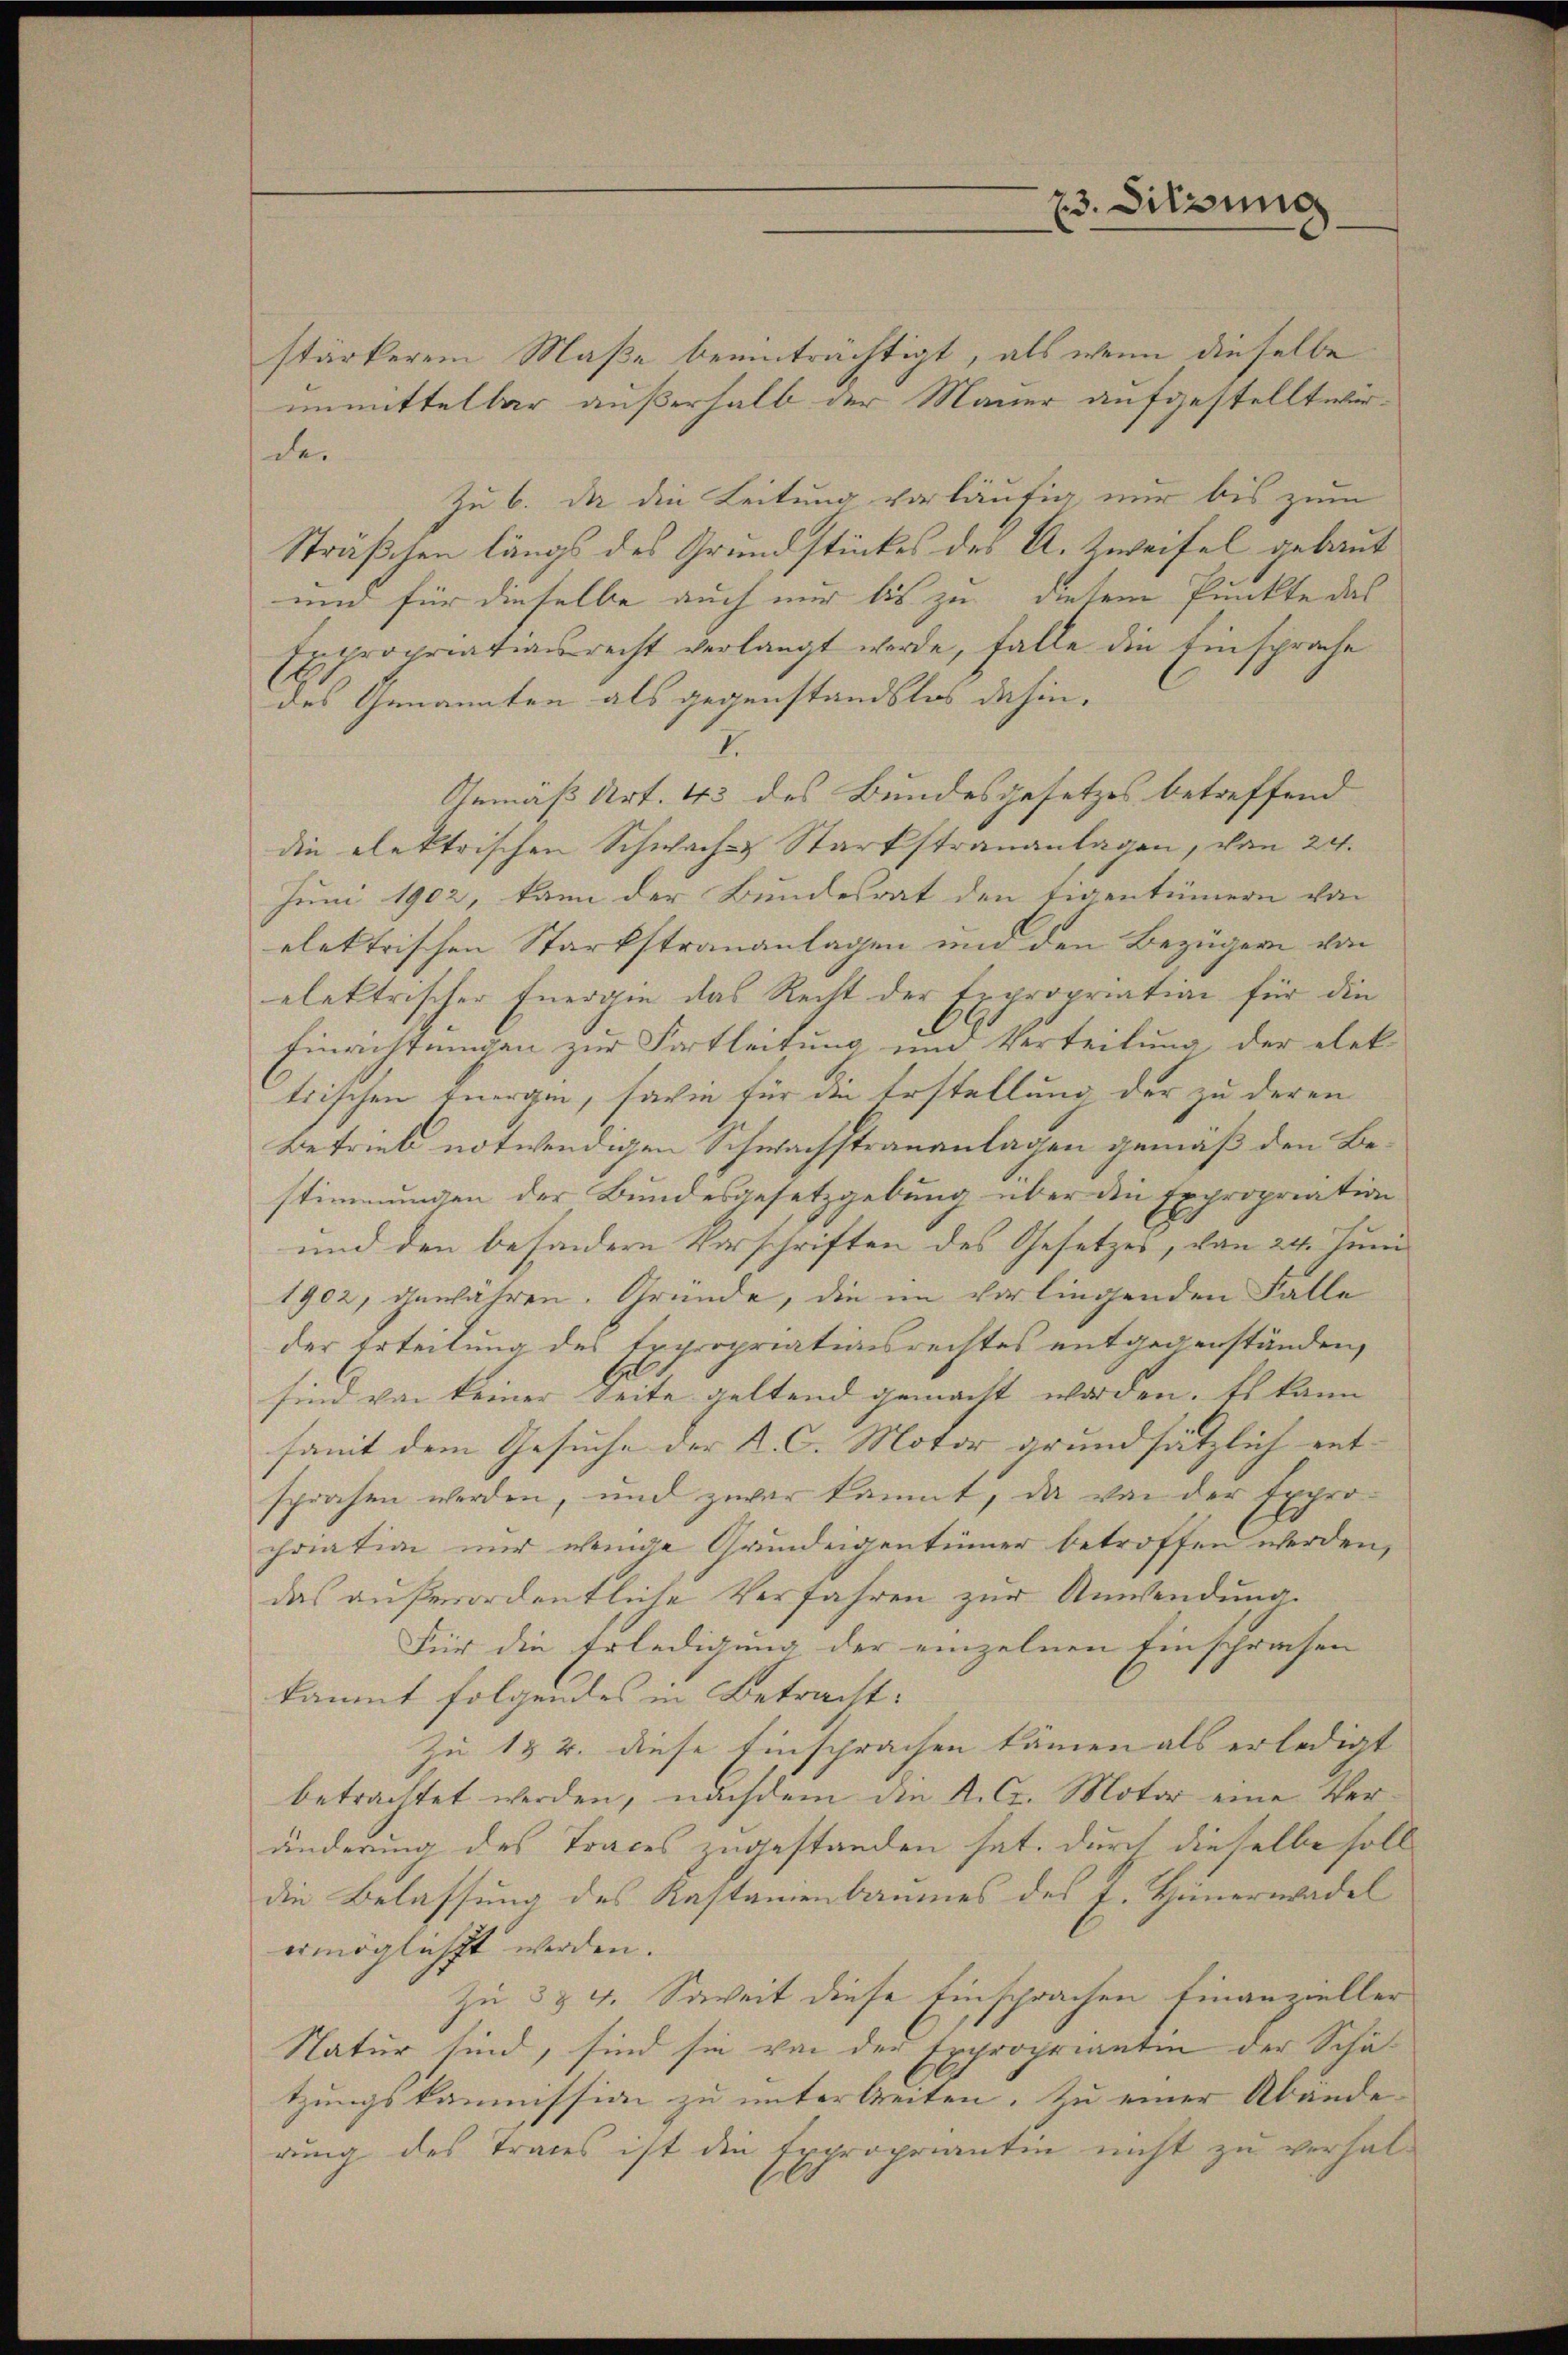
stärkerem Maße beeinträchtigt, als wenn dieselbe
unmittelbar außerhalb der Mauer aufgestellt wirder
Zu 6. Da die Leitung vorläufig nur bis zum
Sträßchen längs des Grundstückes des A. Zweifel gebaut
und für dieselbe auch nur bis zu diesem Punkte das
tepropriationsrecht verlangt werde, falle die Einsprache
.
des Genannten als gegenstandslos dahin.
I.
Gemäß Art. 43 des Bundesgesetzes betreffend
die elektrischen Schwach- & Starkstrananlagen, von 24.
Juni 1902, kann der Bundesrat den Eigentümern von
elektrischen Starkstrananlagen und den Bezügern von
elektrischer Energie das Recht der Expropriation für die
Einrichtungen zur Fortleitung und Verteilung, der elek
trischen Energen, sowie für die Erstellung der zu deren
Betrieb notwendigen Schwachstrananlagen gemäß den Bestimmungen der Bundesgesetzgebung über die Expropriation
und den besondern Vorschriften des Gesetzes, von 24. Juni
1902, gewähren. Gründe, die im vorliegenden Falle
der Erteilung des Expropriationsrechtes entgegenständen,
sind von keiner Seite geltend gemacht worden. Es kann
samt dem Gesuche der K. C. Motor grundsätzlich ent- |
sprasen werden, und zwar kannt, da von der Expro-
chration nur wende Grundeigentümer betroffen werden,
das außerordentliche Verfahren zur Anwendung.
Für die Erledigung der einzelnen Einschrechen
käumt folgendes in Betracht:
Zu 1 & 2. diese Einsprachen kämen als erledigt
betrachtet werden, nachdem die K. C. Motor eine Veränderung des Traces zugestanden hat. Durch dieselbe soldie Belassung des Kastanienbaumes des J. Hünerwadel
ermöglichst werden.
Zu 3 & 4. Soweit diese Einsprachen Finanzieller
Natur sind, sind sie von der Expropriantin der Schätzungskommission zu unterbreiten. Zu einer Abände-
rung des Traues ist die Expropriantin nicht zu verhal¬

23. Sitzung